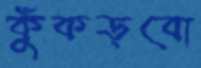
কুঁকড়বো